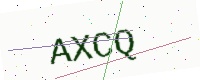
Text: AXCQ